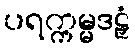
ပရက္ကမ္မဒဠှံ